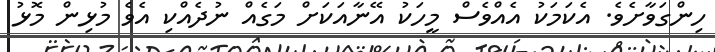
ހިންގަވާށެވެ. އެކަމަކު އެއްވެސް މީހަކު އޭނާއަކަށް މަގެއް ނުދެއްކި އެވެ މުޅިން މޮޅު